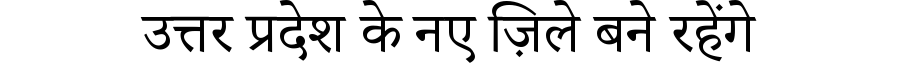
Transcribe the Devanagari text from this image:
उत्तर प्रदेश के नए ज़िले बने रहेंगे